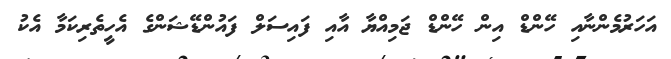
އަހަރުމެންނާއި ހޭންޑް އިން ހޭންޑް ޖަމިއްޔާ އާއި ފައިސަލް ފައުންޑޭޝަންގެ އެހީތެރިކަމާ އެކު